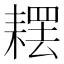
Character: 䎬